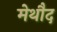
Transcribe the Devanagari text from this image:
मेथौद